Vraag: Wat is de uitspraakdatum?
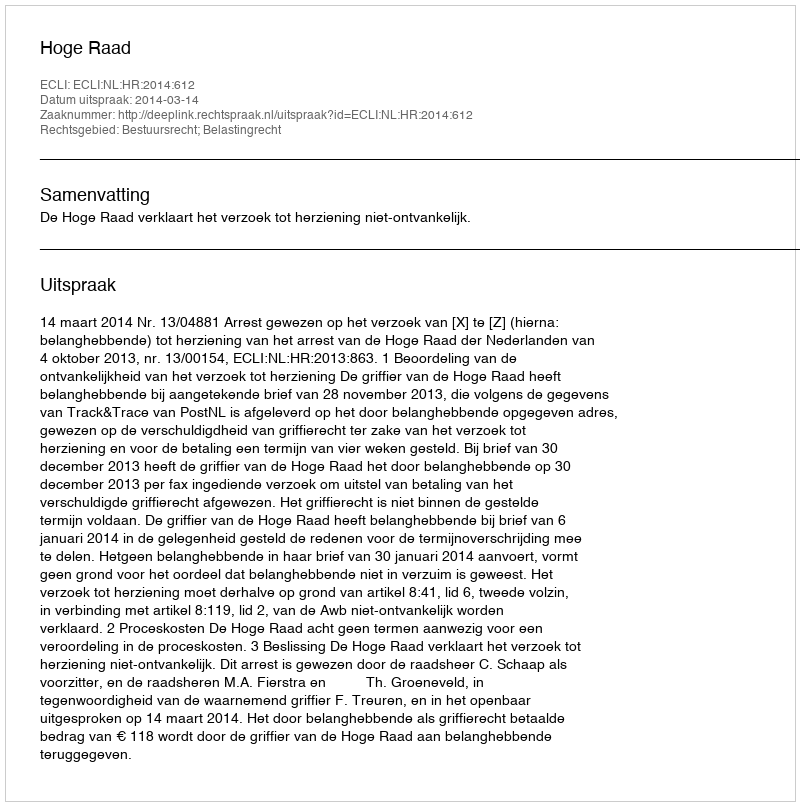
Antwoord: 2014-03-14